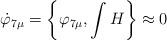
LaTeX: \begin{align*}\dot{\varphi}_{7\mu} = \left\{\varphi_{7\mu}, \int H\right\}\approx 0\end{align*}